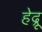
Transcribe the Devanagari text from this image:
हेद्रू